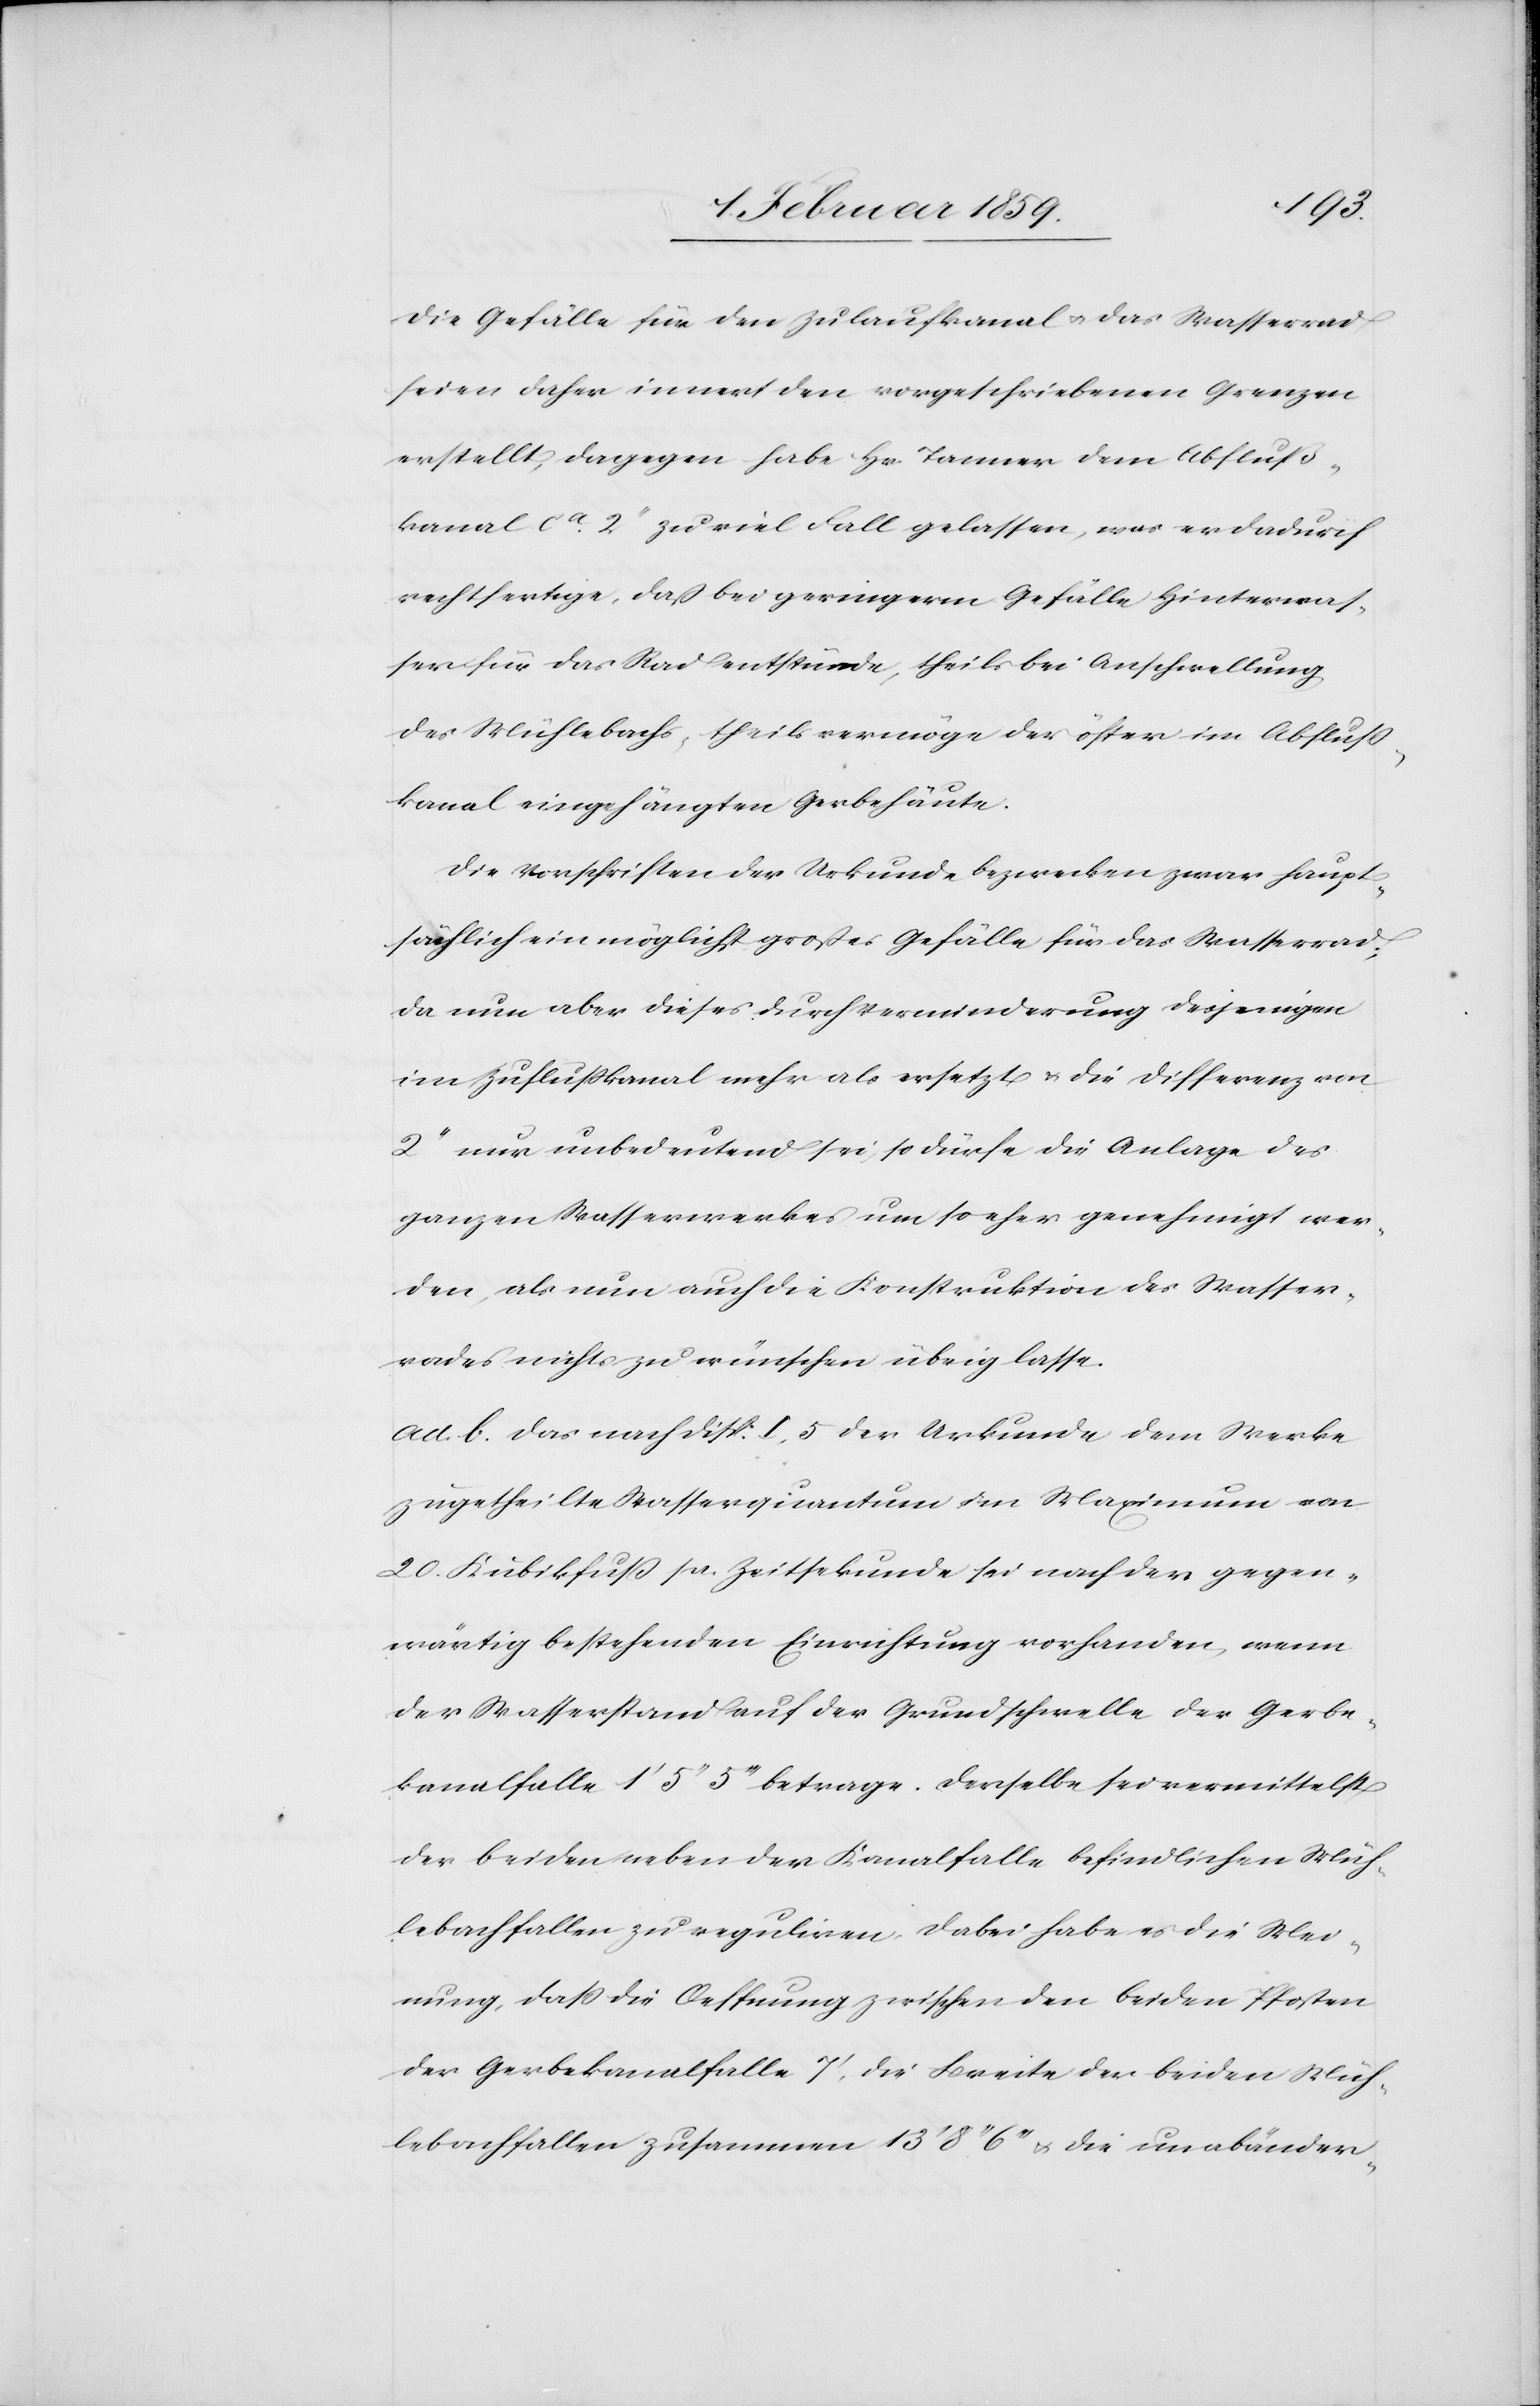
die Gefälle für den Zulaufkanal u. das Wasserrad
seien daher innert den vorgeschriebenen Grenzen
erstellt, dagegen habe Hr. Tanner dem Abfluß¬
kanal ca. 2“ zu viel Fall gelassen, was er dadurch
rechtfertige, daß bei geringerm Gefälle Hinterwas¬
ser für das Rad entstünde, theils bei Anschwellung
des Mühlebachs, theils vermöge der öfter im Abfluß¬
kanal eingehängten Gerbehäute.
Die Vorschriften der Urkunde bezwecken zwar haupt¬
sächlich ein möglichst großes Gefälle für das Wasserrad;
da nun aber dieses durch Verminderung desjenigen
im Zuflußkanal mehr als ersetzt u. die Differenz von
2“ nur unbedeutend sei, so dürfe die Anlage des
ganzen Wasserwerkes um so eher genehmigt wer¬
den, als nun auch die Konstruktion des Wasser¬
rades nichts zu wünschen übrig lasse.
ad. b. das nach disp. I. 5 der Urkunde dem Werke
zugetheilte Wasserquantum im Maximum von
20. Kubikfuß pro. Zeitsekunde sei nach der gegen¬
wärtig bestehenden Einrichtung vorhanden, wenn
der Wasserstand auf der Grundschwelle der Gerbe¬
kanalfalle 1‘ 5“ 5“‘ betrage. Derselbe sei vermittelst
der beiden neben der Kanalfalle befindlichen Müh¬
lebachfallen zu reguliren, dabei habe es die Mei¬
nung, daß die Oeffnung zwischen den beiden Pfosten
der Gerbekanalfalle 7', die Breite der beiden Müh¬
lebachfallen zusammen 13' 8" 6"' u. die unabänder-